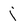
Character: j